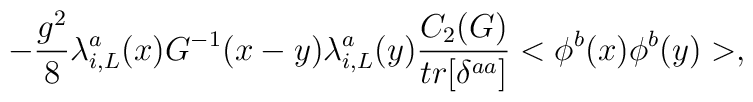
-\frac{g^2}{8} \lambda_{i,L}^a(x) G^{-1}(x-y)\lambda_{i,L}^a(y)\frac{C_2(G)}{tr[\delta^{aa}]}<\phi^b(x)\phi^b(y)>,